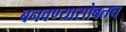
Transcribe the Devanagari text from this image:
बनवण्यासोबतच